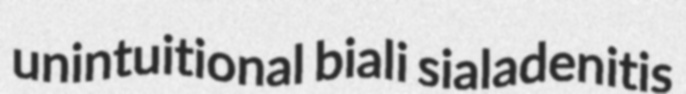
unintuitional biali sialadenitis